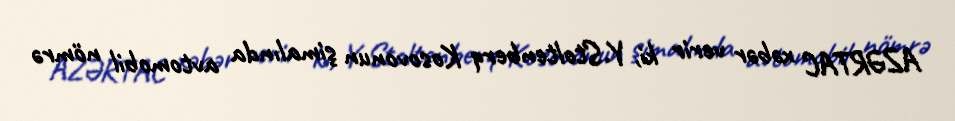
AZƏRTAC xəbər verir ki, Y.Stoltenberq Kosovonun şimalında avtomobil nömrə